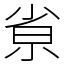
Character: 𡭽